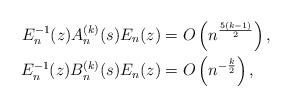
LaTeX: \begin{align*} E_n^{-1}(z) A_n^{(k)}(s) E_n(z) & = O\left(n^{\frac{5(k-1)}{2}}\right),\\E_n^{-1}(z) B_n^{(k)}(s) E_n(z) & = O\left(n^{-\frac{k}{2}}\right),\end{align*}